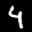
Label: 4